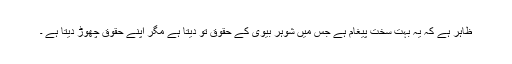
ظاہر ہے کہ یہ بہت سخت پیغام ہے جس میں شوہر بیوی کے حقوق تو دیتا ہے مگر اپنے حقوق چھوڑ دیتا ہے ۔